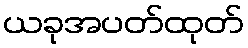
ယခုအပတ်ထုတ်